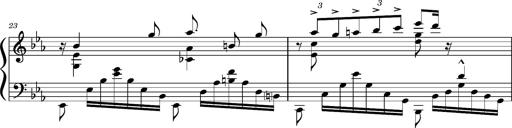
Title: PrÃ©ludes et Harmonies poÃ©tiques et religieuses
Composer: Franz Liszt